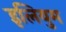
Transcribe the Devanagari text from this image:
इलियुम